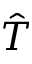
\hat { T }